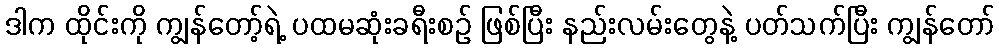
ဒါက ထိုင်းကို ကျွန်တော့်ရဲ့ ပထမဆုံးခရီးစဉ် ဖြစ်ပြီး နည်းလမ်းတွေနဲ့ ပတ်သက်ပြီး ကျွန်တော်